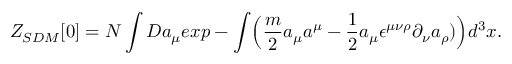
Z _ { S D M } [ 0 ] = { \cal N } \int { \cal D } a _ { \mu } e x p - \int \Bigl ( { \frac { m } { 2 } } a _ { \mu } a ^ { \mu } - { \frac { 1 } { 2 } } a _ { \mu } \epsilon ^ { \mu \nu \rho } \partial _ { \nu } a _ { \rho } ) \Bigr ) d ^ { 3 } x .